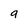
Character: a